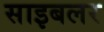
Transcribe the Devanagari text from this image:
साइबलर